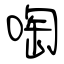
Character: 啕